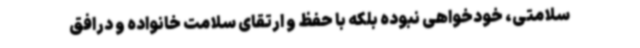
سلامتی، خودخواهی نبوده بلکه با حفظ و ارتقای سلامت خانواده و درافق